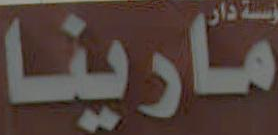
مارينا